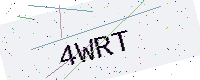
Text: 4WRT